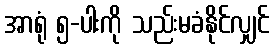
အာရုံ ၅-ပါးကို သည်းမခံနိုင်လျှင်